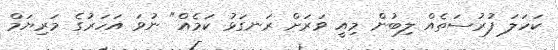
ކަހަލަ ފުރުސަތެއް ލިބުން މިއީ ވަރަށް ރަނގަޅު ކަމެއް" ނުވަ އަހަރުގެ މަރިޔަމް